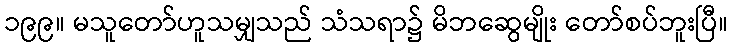
၁၉၉။ မသူတော်ဟူသမျှသည် သံသရာ၌ မိဘဆွေမျိုး တော်စပ်ဘူးပြီ။